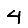
Digit: 4